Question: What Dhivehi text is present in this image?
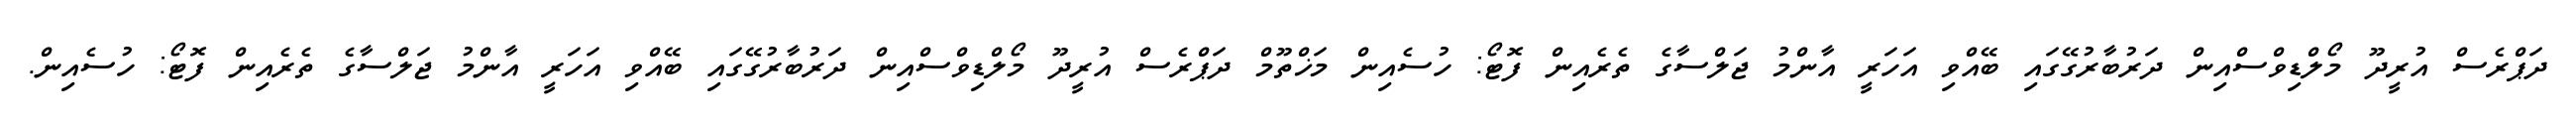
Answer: ދަޕްރެސް އުރީދޫ މޯލްޑިވްސްއިން ދަރުބާރުގޭގައި ބޭއްވި އަހަރީ އާންމު ޖަލްސާގެ ތެރެއިން ފޮޓޯ: ހުސެއިން މަޚްތޫމް ދަޕްރެސް އުރީދޫ މޯލްޑިވްސްއިން ދަރުބާރުގޭގައި ބޭއްވި އަހަރީ އާންމު ޖަލްސާގެ ތެރެއިން ފޮޓޯ: ހުސެއިން.